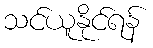
သင်ယူနိုင်ရန်